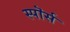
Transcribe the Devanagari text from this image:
स्पॊर्स